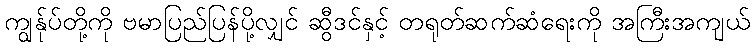
ကျွန်ုပ်တို့ကို ဗမာပြည်ပြန်ပို့လျှင် ဆွီဒင်နှင့် တရုတ်ဆက်ဆံရေးကို အကြီးအကျယ်